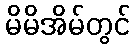
မိမိအိမ်တွင်